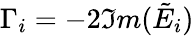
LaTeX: \Gamma_{i}=-2\Im m(\tilde{E}_{i})